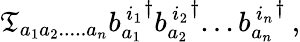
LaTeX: \mathfrak{T}_{a_{1}a_{2}.....a_{n}}{b_{a_{1}}^{\, i_{1}}}^{\dagger}{b_{a_{2}}^{\, i_{2}}}^{\dagger}...{b_{a_{n}}^{\, i_{n}}}^{\dagger}\: ,